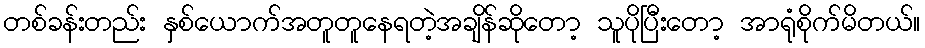
တစ်ခန်းတည်း နှစ်ယောက်အတူတူနေရတဲ့အချိန်ဆိုတော့ သူပိုပြီးတော့ အာရုံစိုက်မိတယ်။